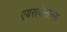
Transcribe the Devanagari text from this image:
एयरुजिनोसस